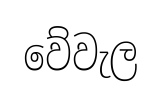
වේවැල